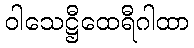
ဝါသေဋ္ဌီထေရီဂါထာ